Report of the Municipal Commissioner on the plague in Bombay for the year ending 31st May... - Volume 3
Disease focus: Plague
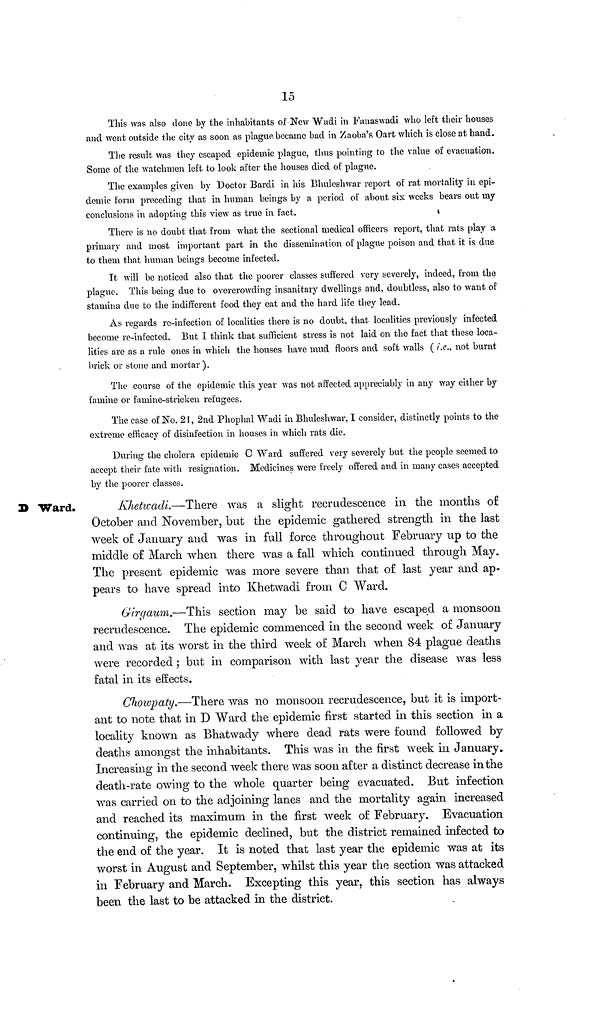
15
This was also done by the inhabitants of New Wadi in Fanaswadi who left their houses
and went outside the city as soon as plague, became bad in Zaoba's Oart which is close at hand.
The result was they escaped epidemic plague, thus pointing to the value of evacuation.
Some of the watchmen left to look after the houses died of plague.
The examples given by Doctor Bardi in his Bhuleshwar report of rat mortality in epi-
demic form preceding that in human beings by a period of about six weeks bears out ray
conclusions in adopting this view as true in fact.
There is no doubt that from what the sectional medical officers report, that rats play a
primary and most important part in the dissemination of plague poison and that it is due
to them that human beings become infected.
It will be noticed also that the poorer classes suffered very severely, indeed, from the
plague. This being due to overcrowding insanitary dwellings and, doubtless, also to want of
stamina due to the indifferent food they eat and the hard life they lead.
As regards re-infection of localities there is no doubt, that localities previously infected
become re-infected. But 1 think that sufficient stress is not laid on the fact that these loca-
lities are as a rule ones in which the houses have mud floors and soft walls ( i.e., not burnt
brick or stone and mortar).
The course of the epidemic this year was not affected appreciably in any way either by
famine or famine-stricken refugees.
The case of No. 21, 2nd Phophal Wadi in Bhuleshwar, I consider, distinctly points to the
extreme efficacy of disinfection in houses in which rats die.
"During the cholera epidemic C Ward suffered very severely but the people seemed to
accept their fate with resignation. Medicines were freely offered and in many cases accepted
by the poorer classes.
D Ward.
Khetwadi.—There was a slight recrudescence in the months o£
October and November, but the epidemic gathered strength in the last
week of January and was in full force throughout February up to the
middle of March when there was a fall which continued through May.
The present epidemic was more severe than that of last year and ap-
pears to have spread into Khetwadi from C Ward.
Girgaum.—This section may be said to have escaped a monsoon
recrudescence. The epidemic commenced in the second week of January
and was at its worst in the third week of March when 84 plague deaths
were recorded ; but in comparison with last year the disease was less
fatal in its effects.
Chowpaty.—There was no monsoon recrudescence, but it is import-
ant to note that in D Ward the epidemic first started in this section in a
locality known as Bhatwady where dead rats were found followed by
deaths amongst the inhabitants. This was in the first week in January.
Increasing in the second week there was soon after a distinct decrease in the
death-rate owing to the whole quarter being evacuated. But infection
was carried on to the adjoining lanes and the mortality again increased
and reached its maximum in the first week of February. Evacuation
continuing, the epidemic declined, but the district remained infected to
the end of the year. It is noted that last year the epidemic was at its
worst in August and September, whilst this year the section was attacked
in February and March. Excepting this year, this section has always
been the last to be attacked in the district.